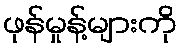
ဖုန်မှုန့်များကို